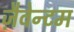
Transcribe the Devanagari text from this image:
ज़ैवेन्टम